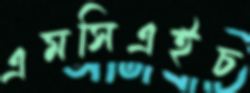
এমসিএইচ